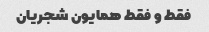
فقط و فقط همایون شجریان